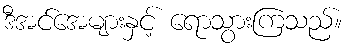
ဒီအင်အေများနှင့် ရောသွားကြသည်။